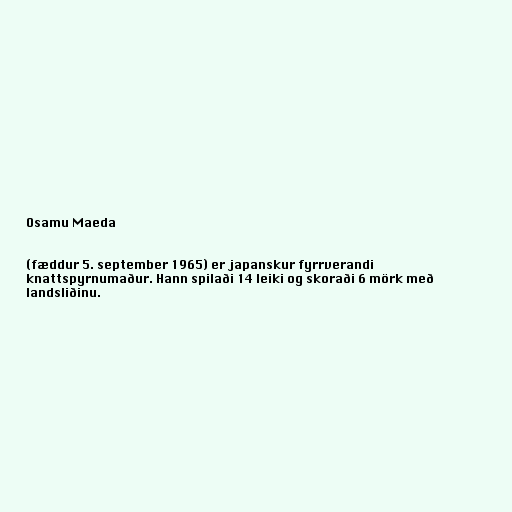
Osamu Maeda

(fæddur 5. september 1965) er japanskur fyrrverandi
knattspyrnumaður. Hann spilaði 14 leiki og skoraði 6 mörk með
landsliðinu.